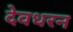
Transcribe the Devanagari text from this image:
देवधरन